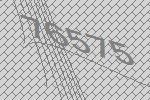
76575